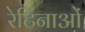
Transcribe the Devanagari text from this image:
रेटिनाओं